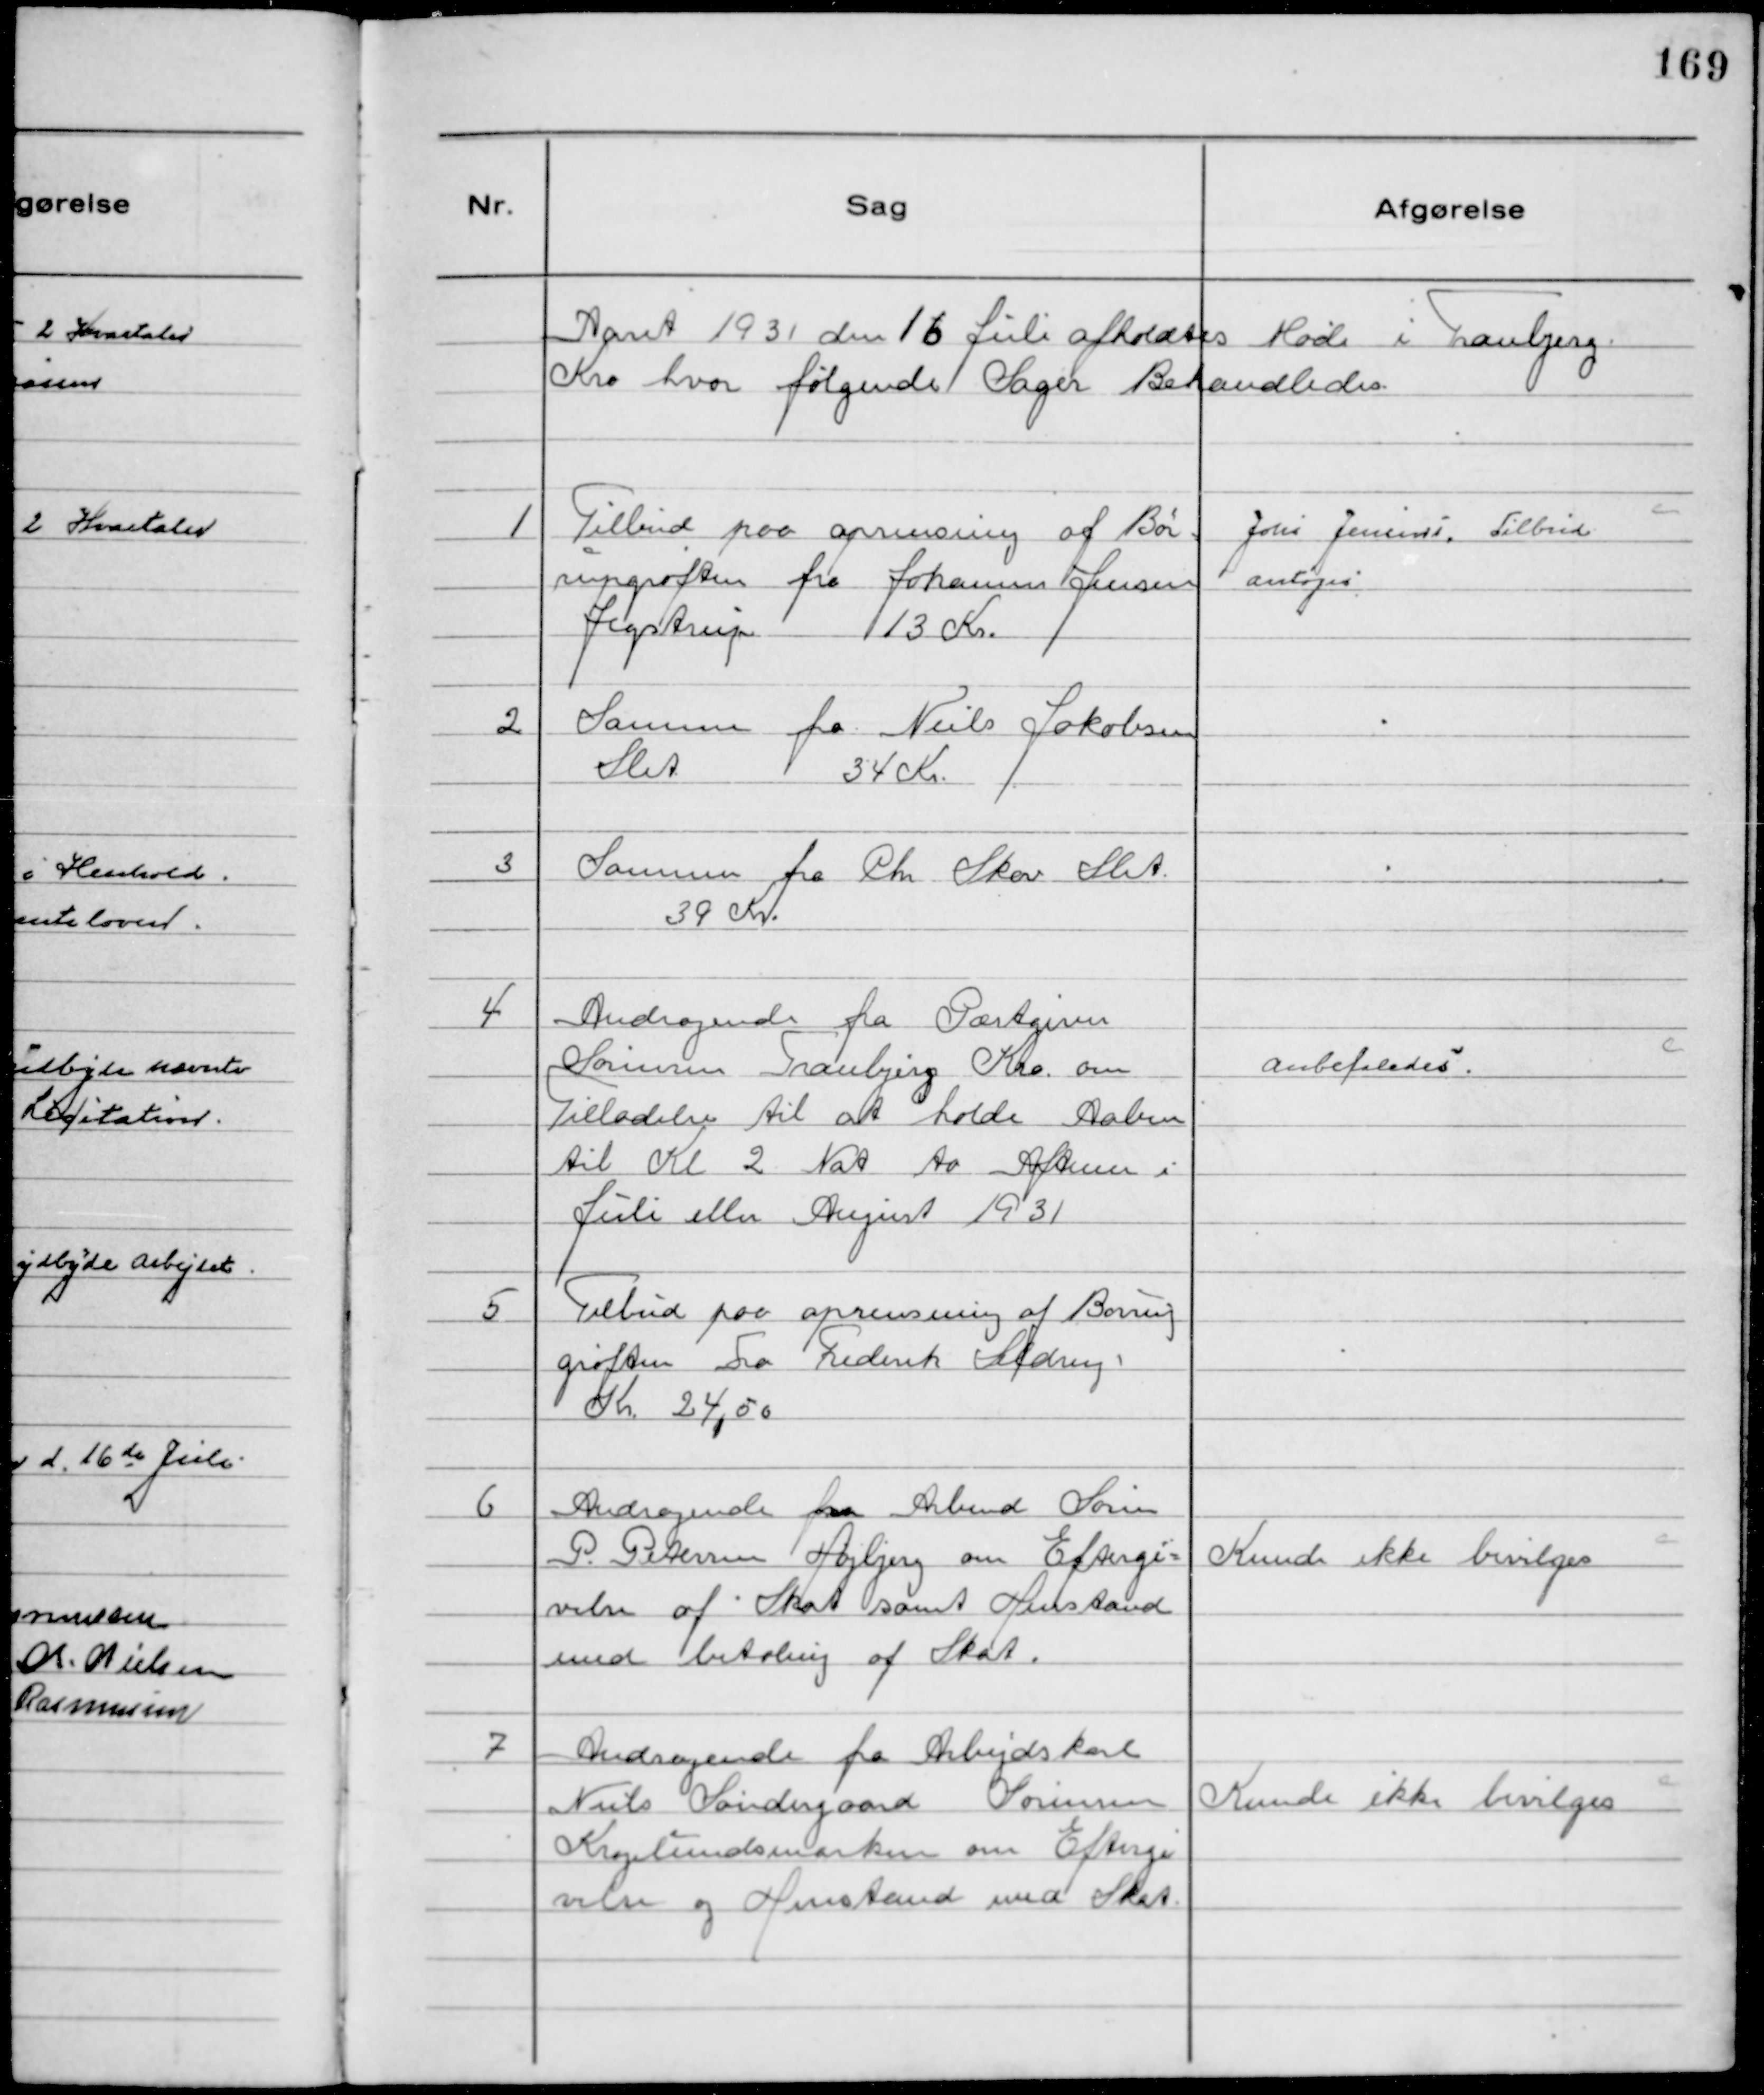
Transskription:
Aaret 1931 den 16 Juli afholdtes Møde i Tranbjerg
Kro hvor følgende Sager Behandledes

1
Tilbud paa oprensning af Bør-
rupgrøften fra Johannes Jensen
Jegstrup 
13 Kr.
2
Samme fra Niels Jakobsen
Slet 
34 Kr.
3
Samme fra Chr Skov Slet
39 Kr.

Johs Jensens. Tilbud 
antoges

4
Andragende fra Gæstgiver
Sørensen Tranbjerg Kro om
Tilladelse til at holde Aaben
til Kl 2 Nat to Aftener i
Juli eller August 1931

Anbefaledes.

5
Tilbud paa oprensning af Børrup
grøften Fra Frederik Sedrup
Kr. 24,50

6
Andragende fra Arbmd Søren
P. Petersen Højbjerg om Eftergi=
velse af Skat samt Henstand
med betaling af Skat.

Kunde ikke bevilges

7
Andragende fra Arbejdskarl
Niels Søndergaard Sørensen
Kragelundsmarken om Eftergi
velse og Henstand med Skat.

Kunde ikke bevilges